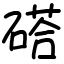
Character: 𥔽